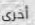
أخرى